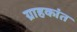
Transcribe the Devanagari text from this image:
ग्राहकांत